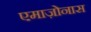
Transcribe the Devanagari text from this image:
एमाज़ोनास